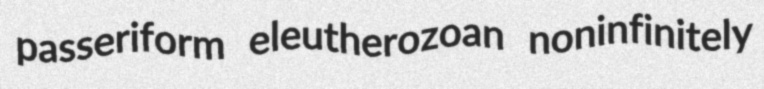
passeriform eleutherozoan noninfinitely